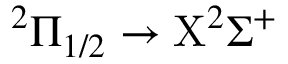
^ 2 \Pi _ { 1 / 2 } \rightarrow \mathrm { X } ^ { 2 } \Sigma ^ { + }